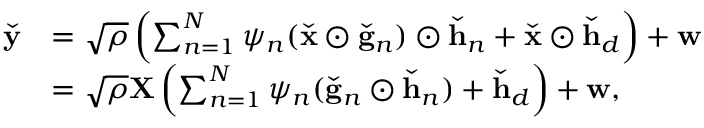
\begin{array} { r l } { \widecheck { \mathbf { y } } } & { = \sqrt { \rho } \left( \sum _ { n = 1 } ^ { N } \psi _ { n } ( \widecheck { \mathbf { x } } \odot \widecheck { \mathbf { g } } _ { n } ) \odot \widecheck { \mathbf { h } } _ { n } + \widecheck { \mathbf { x } } \odot \widecheck { \mathbf { h } } _ { d } \right) + \mathbf { w } } \\ & { = \sqrt { \rho } \mathbf { X } \left( \sum _ { n = 1 } ^ { N } \psi _ { n } ( \widecheck { \mathbf { g } } _ { n } \odot \widecheck { \mathbf { h } } _ { n } ) + \widecheck { \mathbf { h } } _ { d } \right) + \mathbf { w } , } \end{array}